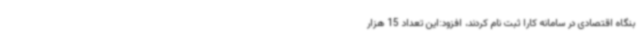
بنگاه اقتصادی در سامانه کارا ثبت نام کردند، افزود:این تعداد 15 هزار